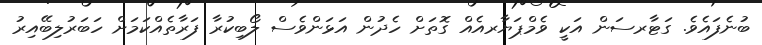
ބުނެފައެވެ. ގަޓާރސަން އަކީ ވެމްޕަޔާރއެއް ގޮތަށް ހެދުން އަޅަންވެސް ލޯބިކުރާ ފަރާތެއްކަމަށް ހަބަރުލިބޭއިރު